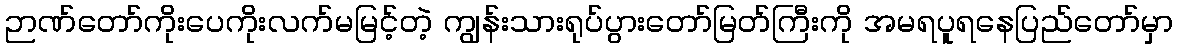
ဉာဏ်တော်ကိုးပေကိုးလက်မမြင့်တဲ့ ကျွန်းသားရုပ်ပွားတော်မြတ်ကြီးကို အမရပူရနေပြည်တော်မှာ